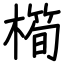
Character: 橁